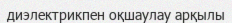
диэлектрикпен оқшаулау арқылы